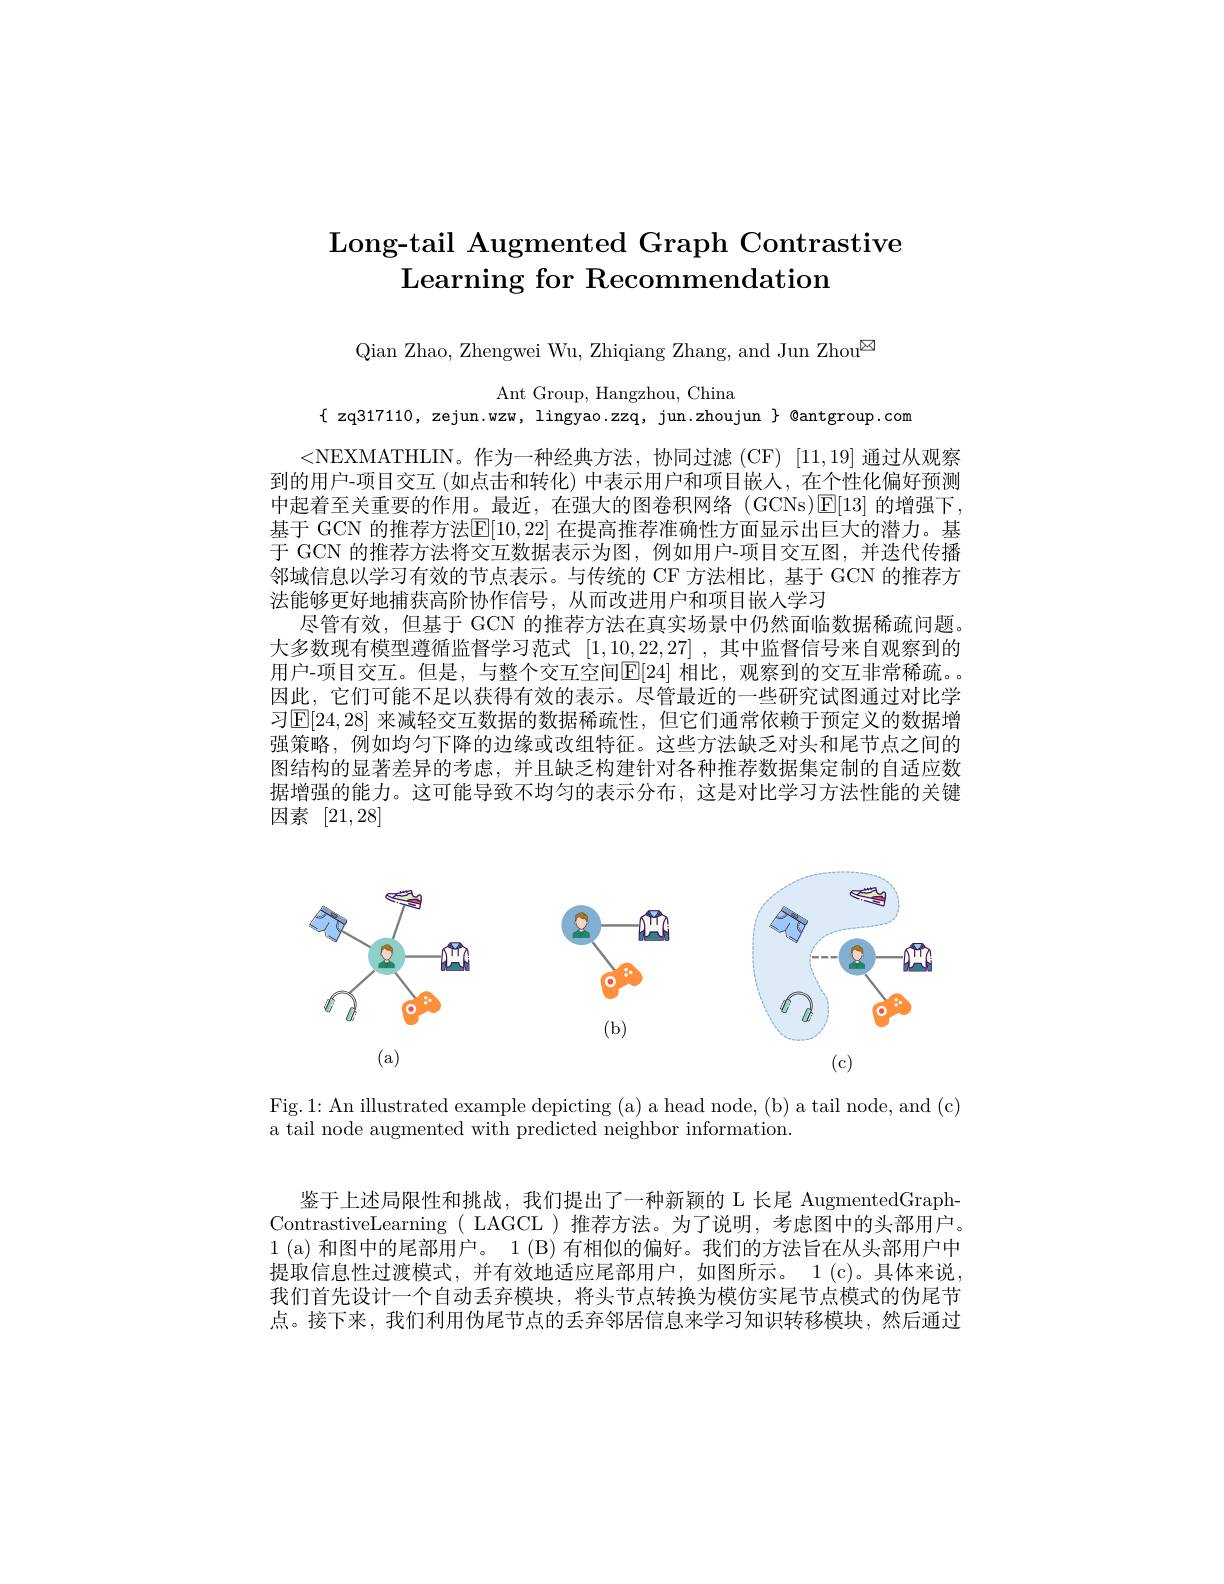
# Long-tail Augmented Graph Contrastive $\operatorname{Learning}$ for Recommendation

Qian Zhao, Zhengwei Wu, Zhiqiang Zhang, and Jun Zhou$^{\boxtimes}$

Ant Group, Hangzhou, China
$\{$ zq317110, zejun.wzw, lingyao.zzq, jun.zhoujun $\}$ @antgroup.com

<NEXMATHLIN。作为一种经典方法，协同过滤(CF)[11,19]通过从观察到的用户-项目交互 (如点击和转化) 中表示用户和项目嵌人，在个性化偏好预测中起着至关重要的作用。最近，在强大的图卷积网络(GCNs)E[13]的增强下， 基于 GCN 的推荐方法$\mathbb{E}[10,22]$ 在提高推荐准确性方面显示出巨大的潜力。基于 GCN 的推荐方法将交互数据表示为图，例如用户-项目交互图，并迭代传播邻域信息以学习有效的节点表示。与传统的 CF 方法相比，基于 GCN 的推荐方法能够更好地捕获高阶协作信号，从而改进用户和项目嵌入学习
尽管有效，但基于 GCN 的推荐方法在真实场景中仍然面临数据稀疏问题。大多数现有模型遵循监督学习范式[1,10,22,27] ,其中监督信号来自观察到的用户-项目交互。但是，与整个交互空间$\mathbb{E}[24]$ 相比，观察到的交互非常稀疏。因此，它们可能不足以获得有效的表示。尽管最近的一些研究试图通过对比学习$\mathbb{E}[24,28]$ 来减轻交互数据的数据稀疏性，但它们通常依赖于预定义的数据增强策略，例如均匀下降的边缘或改组特征。这些方法缺乏对头和尾节点之间的图结构的显著差异的考虑，并且缺乏构建针对各种推荐数据集定制的自适应数据增强的能力。这可能导致不均匀的表示分布，这是对比学习方法性能的关键因素[21,28]

<FigureHere>

Fig.1: An illustrated example depicting (a) a head node, (b) a tail node, and (c)

a tail node augmented with predicted neighbor information.

鉴于上述局限性和挑战，我们提出了一种新颖的 L 长尾 AugmentedGraphContrastiveLearning( LAGCL )推荐方法。为了说明，考虑图中的头部用户。1 (a) 和图中的尾部用户。1 (B) 有相似的偏好。我们的方法旨在从头部用户中提取信息性过渡模式，并有效地适应尾部用户，如图所示。1(c)。具体来说， 我们首先设计一个自动丢弃模块，将头节点转换为模仿实尾节点模式的伪尾节点。接下来，我们利用伪尾节点的丢弃邻居信息来学习知识转移模块，然后通过